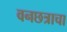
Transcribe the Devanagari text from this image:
वनछत्राचा